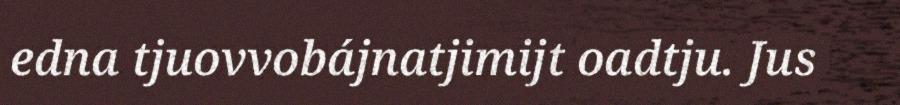
edna tjuovvobájnatjimijt oadtju. Jus